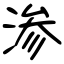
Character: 渗